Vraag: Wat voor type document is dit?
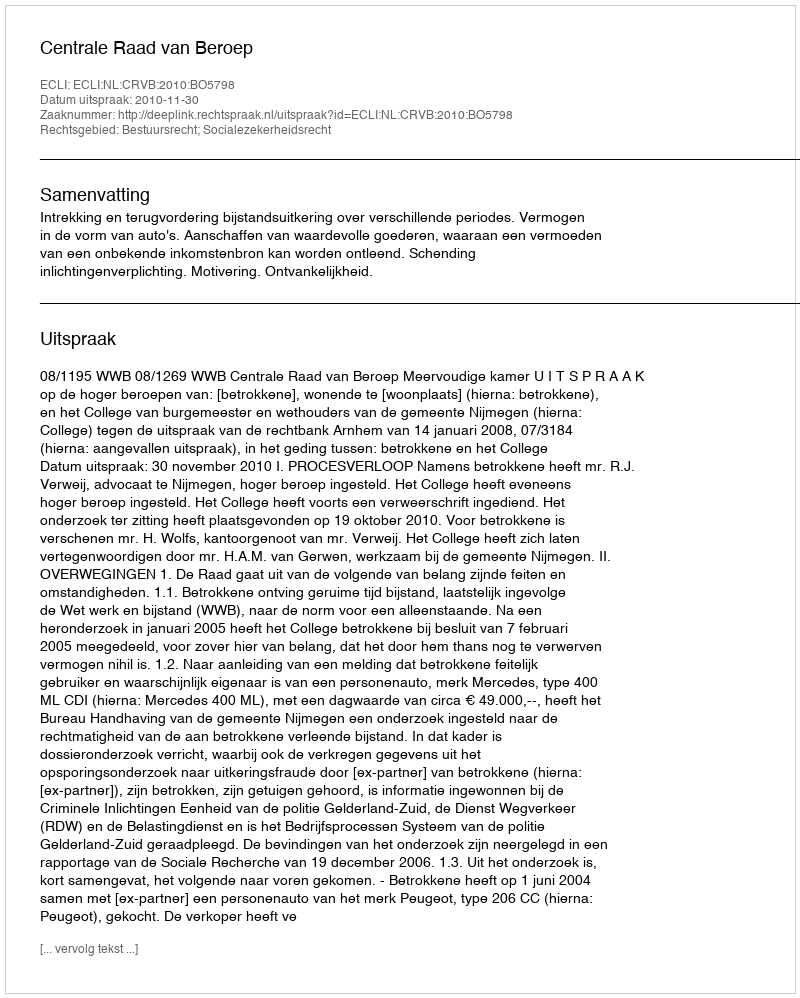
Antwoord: Uitspraak